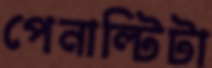
পেনাল্টিটা